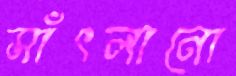
সাঁৎলানো